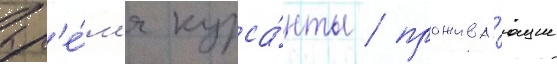
вр'е́м'я курса́нты / прожива́ющие